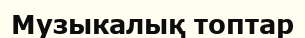
Музыкалық топтар